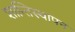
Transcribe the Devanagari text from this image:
शान्तिस्थापन